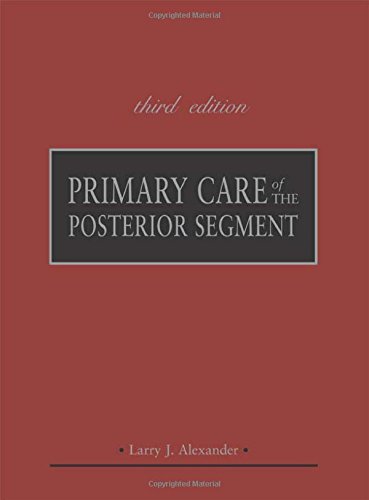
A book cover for Primary Care of the Posterior Segment, Third Edition; Larry Alexander; Medical Books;